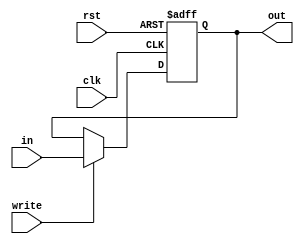
    `timescale 1ps/1ps

module PC (clk,rst,write,in,out);
    input clk,rst,write;
    input [11:0]in;
    output reg [11:0]out;

    always @(posedge clk, posedge rst) begin
        if(rst)
            out=12'd0;
        else if(write)
            out=in;
    end
endmodule